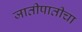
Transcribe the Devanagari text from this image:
जातीपातीचा